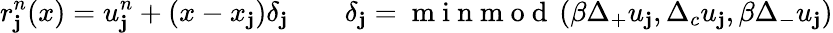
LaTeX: r_{\mathbf{j}}^{n}(x)=u_{\mathbf{j}}^{n}+(x-x_{\mathbf{j}})\delta_{\mathbf{j}}\qquad\delta_{\mathbf{j}}=\mathrm{{~m~i~n~m~o~d~}}\left(\beta\Delta_{+}u_{\mathbf{j}},\Delta_{c}u_{\mathbf{j}},\beta\Delta_{-}u_{\mathbf{j}}\right)